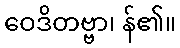
ဝေဒိတဗ္ဗာ၊ န်၏။